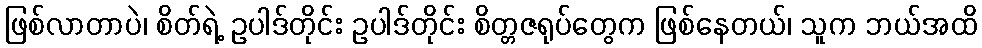
ဖြစ်လာတာပဲ၊ စိတ်ရဲ့ ဥပါဒ်တိုင်း ဥပါဒ်တိုင်း စိတ္တဇရုပ်တွေက ဖြစ်နေတယ်၊ သူက ဘယ်အထိ